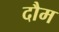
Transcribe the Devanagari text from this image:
दौम